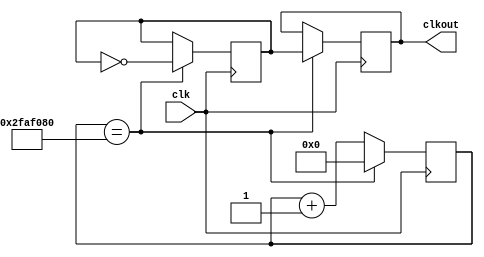
`timescale 1ns / 1ps
//////////////////////////////////////////////////////////////////////////////////
// Company: 
// Engineer: 
// 
// Design Name: 
// Module Name: divider
// Project Name: 
// Target Devices: 
// Tool Versions: 
// Description: 
// 
// Dependencies: 
// 
// Revision:
// Revision 0.01 - File Created
// Additional Comments:
// 
//////////////////////////////////////////////////////////////////////////////////


module divider(clk,clkout);
input clk;
output clkout;

reg clkout,gatebuf;
reg [31:0] cnt;

initial
begin
    cnt=0;
    gatebuf=0;
    clkout=0;
end

always @(posedge clk)
begin
if(cnt==32'd50000000)
    begin
    gatebuf<=~gatebuf;
    clkout<=gatebuf;
    cnt<=32'd0;
    end
else
    begin
    cnt<=cnt+32'd1;
    end
end
endmodule